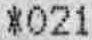
*021